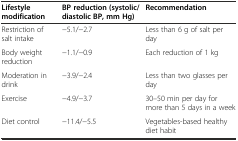
| Lifestyle modification | BP reduction (systolic/diastolic BP, mm Hg) | Recommendation |
 | --- | --- | --- |
 | Restriction of salt intake | −5.1/−2.7 | Less than 6 g of salt per day |
 | Body weight reduction | −1.1/−0.9 | Each reduction of 1 kg |
 | Moderation in drink | −3.9/−2.4 | Less than two glasses per day |
 | Exercise | −4.9/−3.7 | 30–50 min per day for more than 5 days in a week |
 | Diet control | −11.4/−5.5 | Vegetables-based healthy diet habit |